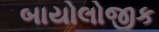
બાયોલોજીક